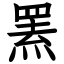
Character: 罴